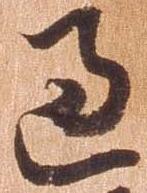
過